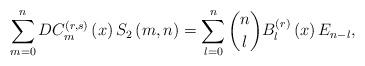
LaTeX: \begin{align*}\sum_{m=0}^{n}DC_{m}^{\left(r,s\right)}\left(x\right)S_{2}\left(m,n\right)=\sum_{l=0}^{n}\dbinom{n}{l}B_{l}^{\left(r\right)}\left(x\right)E_{n-l},\end{align*}